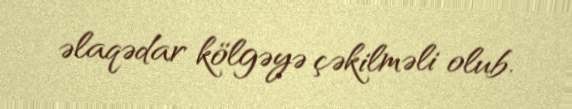
əlaqədar kölgəyə çəkilməli olub.